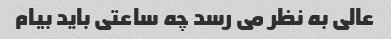
عالی به نظر می رسد چه ساعتی باید بیام